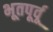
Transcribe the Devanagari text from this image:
भूतपूर्वू